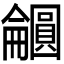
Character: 𫭕